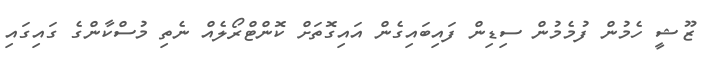
ޒޫޝީ ހެމުން ފުމެމުން ސިޑިން ފައިބައިގެން އައިގޮތަށް ކޮންޓްރޯލެއް ނެތި މުސްކާންގެ ގައިގައި